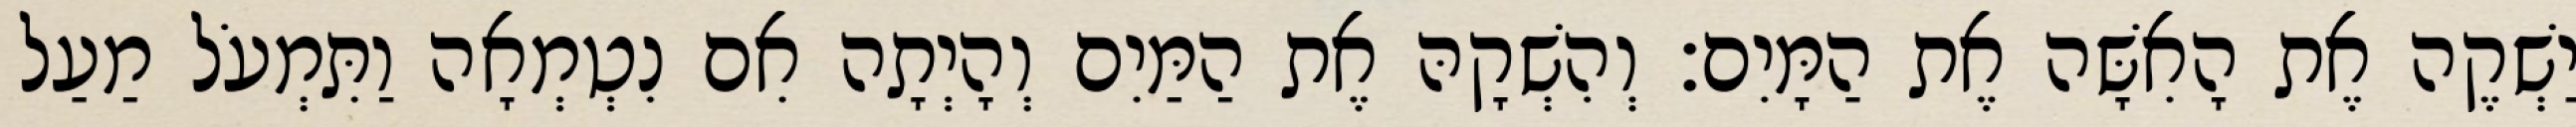
יַשְׁקֶה אֶת הָאִשָּׁה אֶת הַמָּיִם׃ וְהִשְׁקָהּ אֶת הַמַּיִם וְהָיְתָה אִם נִטְמְאָה וַתִּמְעֹל מַעַל